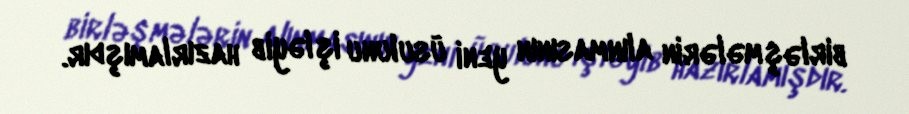
birləşmələrin alınmasının yeni üsulunu işləyib hazırlamışdır.